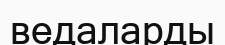
ведаларды